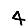
Digit: 4